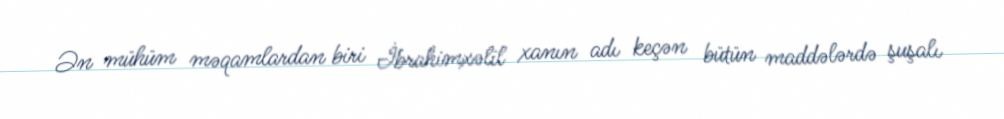
Ən mühüm məqamlardan biri İbrahimxəlil xanın adı keçən bütün maddələrdə şuşalı